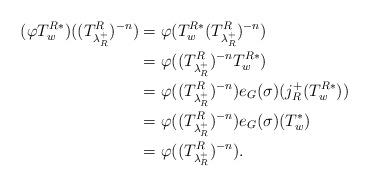
LaTeX: \begin{align*}(\varphi T_w^{R*})((T^R_{\lambda_R^+})^{-n})& =\varphi(T_w^{R*}(T^R_{\lambda_R^+})^{-n})\\& =\varphi((T^R_{\lambda_R^+})^{-n} T_w^{R*})\\& =\varphi((T^R_{\lambda_R^+})^{-n})e_G(\sigma)(j_R^+(T_w^{R*}))\\& =\varphi((T^R_{\lambda_R^+})^{-n})e_G(\sigma)(T_w^{*})\\& =\varphi((T^R_{\lambda_R^+})^{-n}).\end{align*}